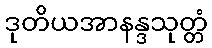
ဒုတိယအာနန္ဒသုတ္တံ